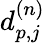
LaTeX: d_{p,j}^{(n)}